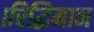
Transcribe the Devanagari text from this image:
।रिद्धिमान